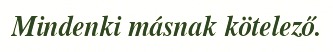
Mindenki másnak kötelező.